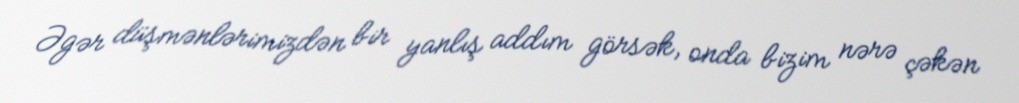
Əgər düşmənlərimizdən bir yanlış addım görsək, onda bizim nərə çəkən